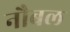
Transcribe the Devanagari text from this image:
नौबल